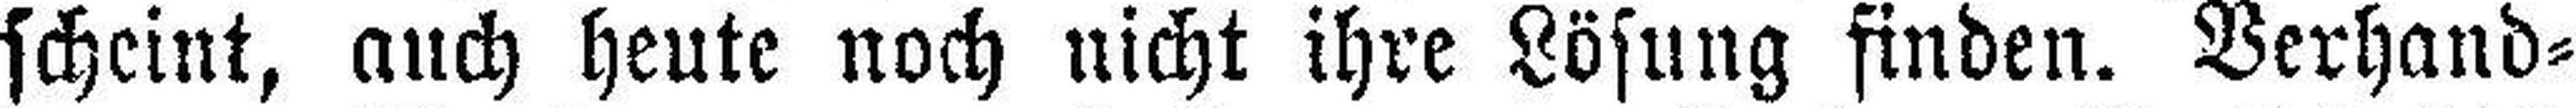
scheint, auch heute noch nicht ihre Lösung finden. Verhand¬